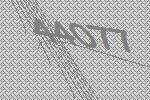
44077